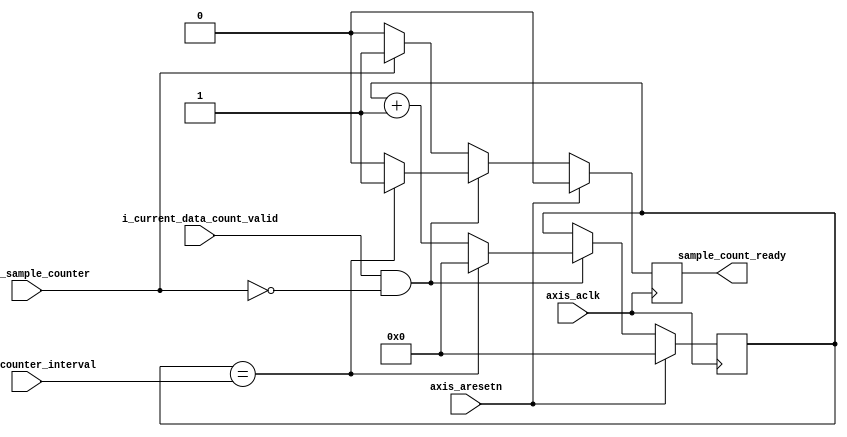
`timescale 1ns / 1ps
//////////////////////////////////////////////////////////////////////////////////
// Company: 
// Engineer: 
// 
// Design Name: 
// Module Name: sample_counter_seconds
// Project Name: 
// Target Devices: 
// Tool Versions: 
// Description: 
// 
// Dependencies: 
// 
// Revision:
// Revision 0.01 - File Created
// Additional Comments:
// 
//////////////////////////////////////////////////////////////////////////////////


module sample_counter_seconds(

    input wire axis_aclk,
    input wire axis_aresetn,
    input wire i_current_data_count_valid,
    input wire i_stop_sample_counter,
    input wire [31:0] sample_counter_interval,
    
    output reg sample_count_ready


    );
    
    
     reg [31:0] sample_counter;
    always@(posedge axis_aclk)begin
       if(axis_aresetn)begin
           sample_count_ready <= 1'b0;
           sample_counter <= 'd0;
       end
       else if(i_current_data_count_valid && !i_stop_sample_counter)begin
           sample_counter <= sample_counter + 1;
           if (sample_counter == sample_counter_interval)begin
               sample_counter <= 'd0;
               sample_count_ready <= 1'b1;
           end
           else
               sample_count_ready <= 1'b0;
       end
       else if(i_stop_sample_counter) 
           sample_count_ready <= 1'b1;
       else
           sample_count_ready <= 1'b0;
    
    end
    
endmodule